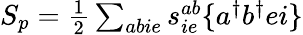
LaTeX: \begin{array}{r}{S_{p}=\frac{1}{2}\sum_{abie}s_{ie}^{ab}\{ a^{\dagger}b^{\dagger}ei\} }\end{array}